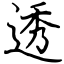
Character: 透